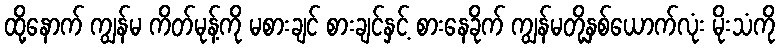
ထို့နောက် ကျွန်မ ကိတ်မုန့်ကို မစားချင် စားချင်နှင့် စားနေခိုက် ကျွန်မတို့နှစ်ယောက်လုံး မိုးသံကို